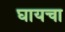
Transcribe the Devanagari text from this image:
घायचा